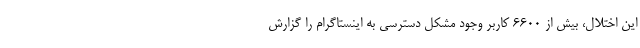
این اختلال، بیش از ۶۶۰۰ کاربر وجود مشکل دسترسی به اینستاگرام را گزارش